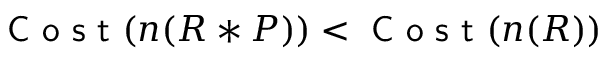
\textsf { C o s t } ( n ( R * P ) ) < \textsf { C o s t } ( n ( R ) )